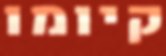
קיומו